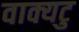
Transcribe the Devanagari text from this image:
वाक्यटु